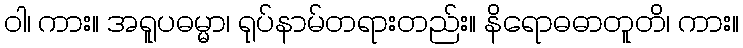
ဝါ၊ ကား။ အရူပဓမ္မာ၊ ရုပ်နာမ်တရားတည်း။ နိရောဓဓာတူတိ၊ ကား။